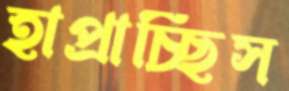
হাপ্‌রাচ্ছিস